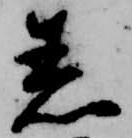
着